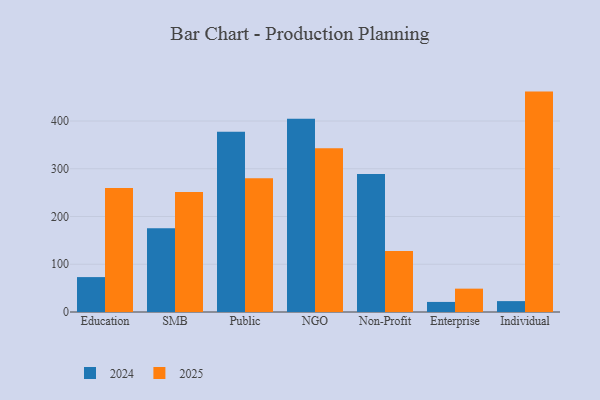
{"axis": {"x": "Segment", "y": "Shipments"}, "legend": ["2024", "2025"], "data": [{"x": "Education", "y": 259.5, "type": "2025"}, {"x": "Education", "y": 73.1, "type": "2024"}, {"x": "SMB", "y": 251.3, "type": "2025"}, {"x": "SMB", "y": 175.5, "type": "2024"}, {"x": "Public", "y": 279.9, "type": "2025"}, {"x": "Public", "y": 377.6, "type": "2024"}, {"x": "NGO", "y": 343.0, "type": "2025"}, {"x": "NGO", "y": 404.5, "type": "2024"}, {"x": "Non-Profit", "y": 127.6, "type": "2025"}, {"x": "Non-Profit", "y": 289.2, "type": "2024"}, {"x": "Enterprise", "y": 48.9, "type": "2025"}, {"x": "Enterprise", "y": 21.1, "type": "2024"}, {"x": "Individual", "y": 461.6, "type": "2025"}, {"x": "Individual", "y": 22.8, "type": "2024"}]}